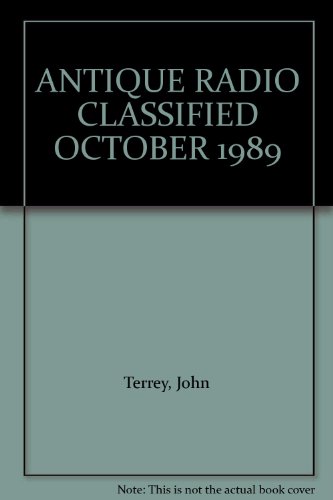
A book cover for ANTIQUE RADIO CLASSIFIED OCTOBER 1989; John Terrey; Crafts, Hobbies & Home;